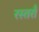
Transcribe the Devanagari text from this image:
रस्तराँ